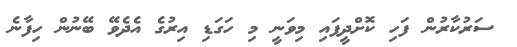
ސަރުކާރުން ފަހި ކޮށްދީފައި މިވަނީ މި ހަގަޑި އިރުގެ އެދެވޭ ބޭނުން ހިފާނެ